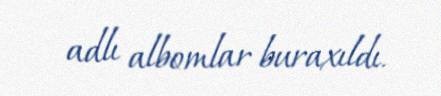
adlı albomlar buraxıldı.